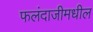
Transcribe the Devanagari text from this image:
फलंदाजीमधील